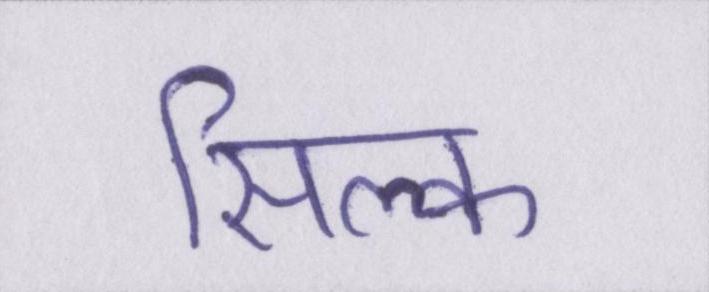
सिल्क